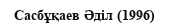
Сасбұқаев Әділ (1996)